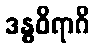
ဒန္ဓဝိရာဂိ